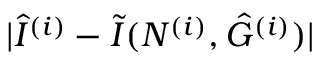
| \hat { I } ^ { ( i ) } - \tilde { I } ( N ^ { ( i ) } , \hat { G } ^ { ( i ) } ) |